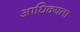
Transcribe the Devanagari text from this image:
आधिक्यता